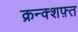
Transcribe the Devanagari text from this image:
क्रन्क्शफ़्त